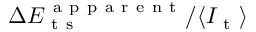
\Delta E _ { \mathrm { ~ t ~ s ~ } } ^ { \mathrm { ~ a ~ p ~ p ~ a ~ r ~ e ~ n ~ t ~ } } / \langle I _ { \mathrm { ~ t ~ } } \rangle